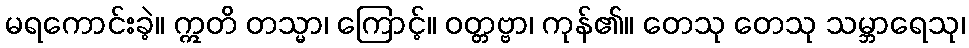
မရကောင်းခဲ့။ ဣတိ တသ္မာ၊ ကြောင့်။ ဝတ္တဗ္ဗာ၊ ကုန်၏။ တေသု တေသု သမ္ဘာရေသု၊